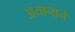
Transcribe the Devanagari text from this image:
अयानाने